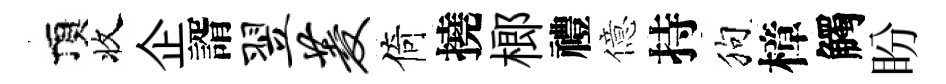
頂收企諝翌菱倚撓榔禮億持狗樟觸盼